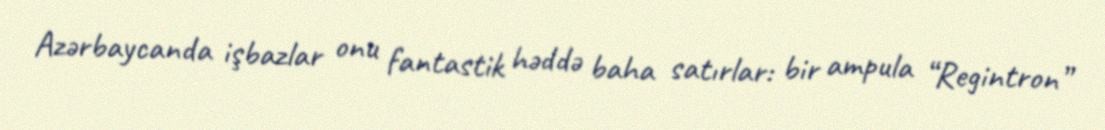
Azərbaycanda işbazlar onu fantastik həddə baha satırlar: bir ampula “Regintron”